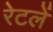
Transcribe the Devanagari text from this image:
रेटलें